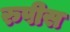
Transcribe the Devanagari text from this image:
रुपीस